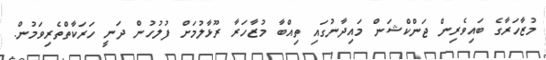
މުޒާހަރާގެ ބައިވެރިން ޖަންކްޝަން މައިދާނުގައި ތިއްބާ މުޒާހަރާ ރޫޅާލުމަށް ފުލުހުން ދަނީ ހަރަކާތްތެރިވަމުން.